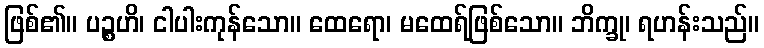
ဖြစ်၏။ ပဉ္စဟိ၊ ငါပါးကုန်သော။ ထေရော၊ မထေရ်ဖြစ်သော။ ဘိက္ခု၊ ရဟန်းသည်။